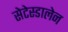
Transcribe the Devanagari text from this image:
सेटेस्डालेन